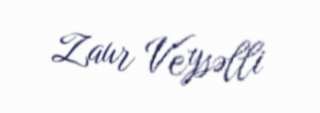
Zaur Veysəlli